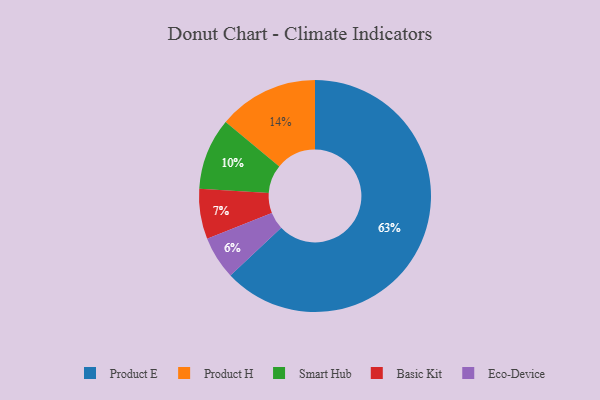
{"axis": {"x": "Category", "y": "Percentage"}, "legend": ["Basic Kit", "Eco-Device", "Product E", "Product H", "Smart Hub"], "data": [{"x": "Basic Kit", "y": 7, "type": "Basic Kit"}, {"x": "Product H", "y": 14, "type": "Product H"}, {"x": "Product E", "y": 63, "type": "Product E"}, {"x": "Eco-Device", "y": 6, "type": "Eco-Device"}, {"x": "Smart Hub", "y": 10, "type": "Smart Hub"}]}